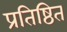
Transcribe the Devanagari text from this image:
प्रतिष्ठित